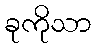
ခုကိုသာ